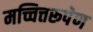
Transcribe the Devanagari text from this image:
मच्चित्तरूपेण